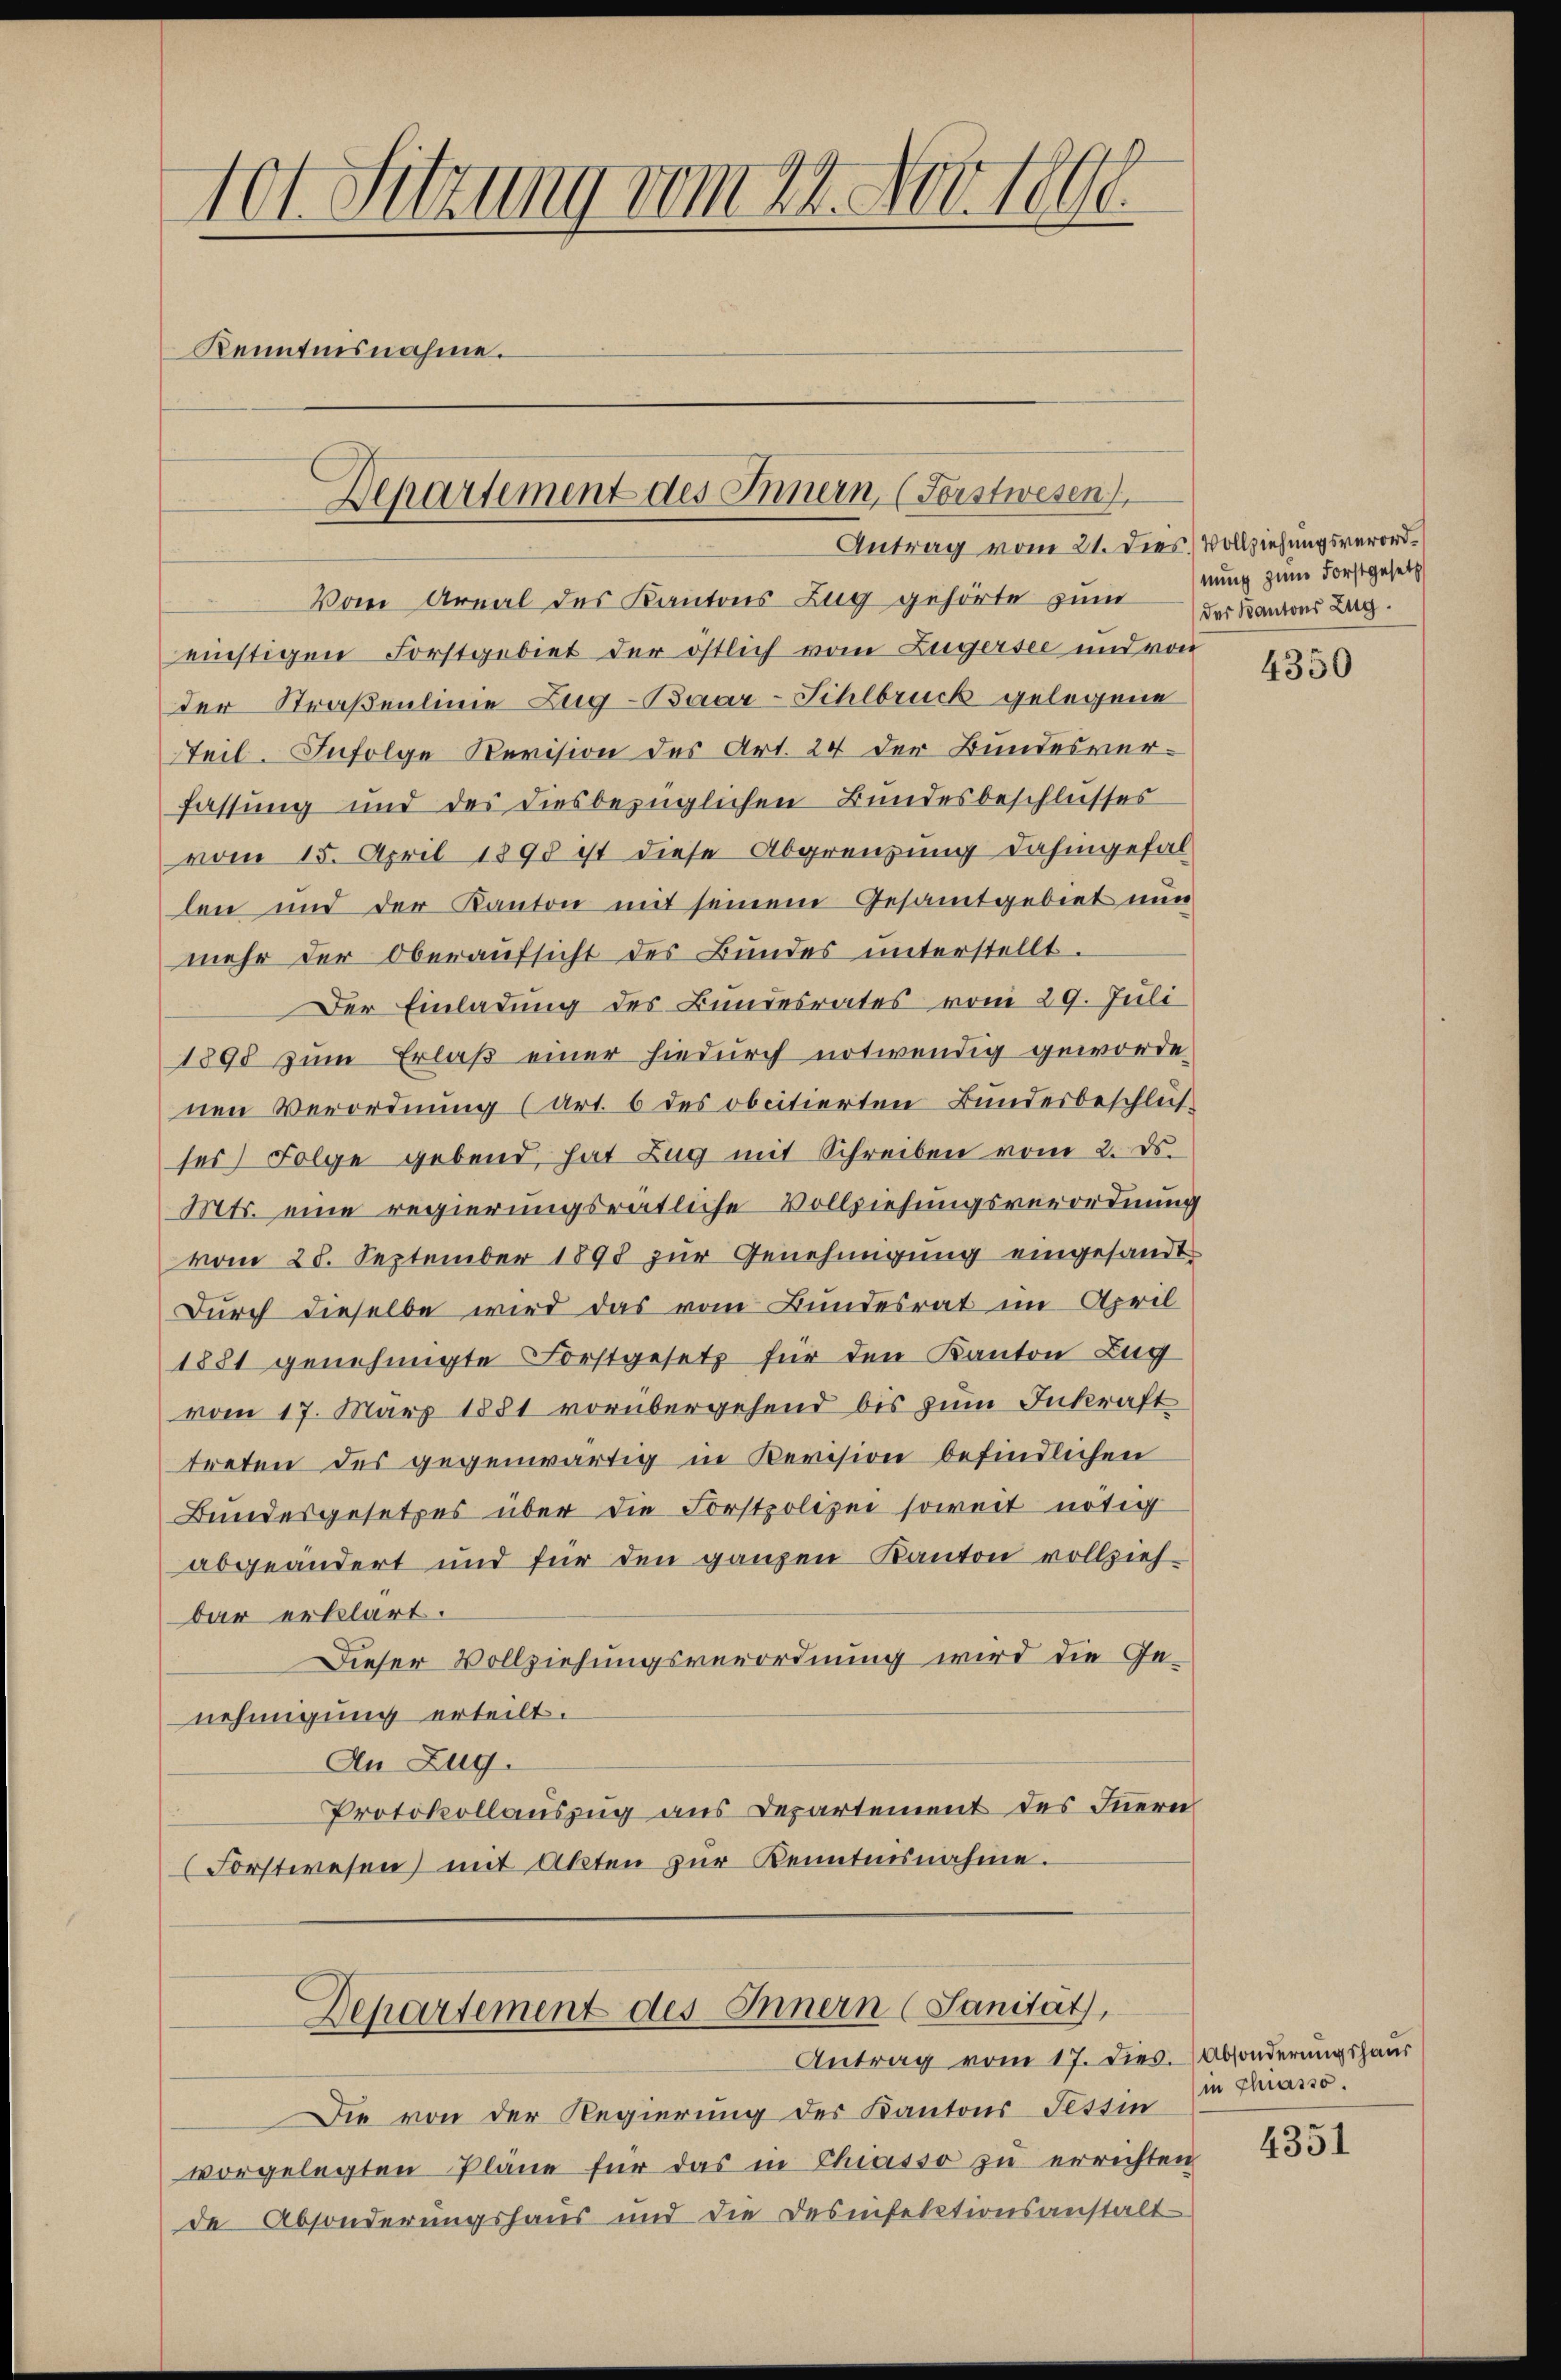
10t Sitzung vom 22. Nov. 1890.
Kenntnisnahme.
Departement des Innern, (Forstwesen)

Vom Areal des Kantons Zug gehörte zum
einstigen Forstgebiet der östlich vom Zügersee und von
der Straßenlinie Zug-Baar-Sihlbruck gelegene
eil. Infolge Revision des Art. 24 der Bundesverfassung und des diesbezüglichen Bundesbeschlusses
vom 15. April 1898 ist diese Abgrenzung dahingefallen und der Kanton mit seinem Gesamtgebiet nun
mehr der Oberaŭfsicht des Bundes unterstellt.
Der Einladung des Bundesrates vom 29. Juli
1898 zum Erlaß einer hiedurch notwendig geworde
nen Verordnung (art. 6 des obcitierten Bundesbeschlüs
ser Folge gebend, hat Zug mit Schreiben vom 2. ds.
Mts. eine regierungsrätliche Vollziehungsverordnung
vom 28. September 1898 zur Genehmigung eingesandt
Durch dieselbe wird das vom Bundesrat im April
1881 genehmigte Forstgesetz für den Kanton Zug
vom 17. März 1881 vorübergehend bis zum Inkraft
treten des gegenwärtig in Revision befindlichen
Bundesgesetzes über die Forstpolizei soweit nötig
abgeändert und für den ganzen Kanton vollziehbar erklärt.
Dieser Vollziehungsverordnung wird die Ge-
nehmigung erteilt.
An Zug.
Protokollauszug aus Departement des Innern
(Forstwesen) mit Akten zŭr Kenntnisnahme.
Departement des Innern (Sanität,
Antrag vom 17. dies. Absonderungshaus
Die von der Regierung des Kantons Tessin
vorgelegten Pläne für das in Chiasso zu errichten
de Absonderungshaus und die Desinfelationsanstalt

Antrag vom 21. Dies Vollziehungsverord¬

nung zum Forstgesetz
der Kantons Zug.

4350

in Chiasso.

4351